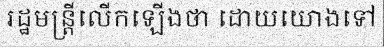
រដ្ឋមន្ត្រីលើកឡើងថា ដោយយោងទៅ